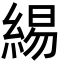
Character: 緆